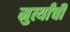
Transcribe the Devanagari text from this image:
मुर्त्यांची